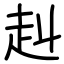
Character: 赳